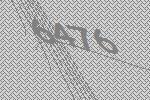
6476